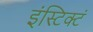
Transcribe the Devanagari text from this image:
इंस्टिक्टं